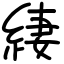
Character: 緀